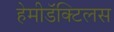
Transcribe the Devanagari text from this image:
हेमीडॅक्टिलस